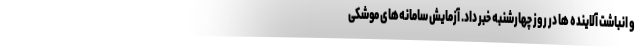
و انباشت آلاینده ها در روز چهارشنبه خبر داد. آزمایش سامانه‌های موشکی